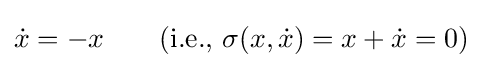
{\dot {x}}=-x\qquad {\text{(i.e., }}\sigma (x,{\dot {x}})=x+{\dot {x}}=0{\text{)}}